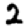
Digit: 2